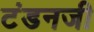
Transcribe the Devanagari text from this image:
टंडनजी